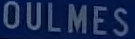
OULMES